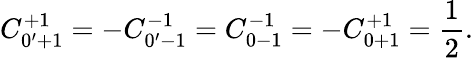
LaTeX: C_{0^{\prime}+1}^{+1}=-C_{0^{\prime}-1}^{-1}=C_{0-1}^{-1}=-C_{0+1}^{+1}=\frac{1}{2}.